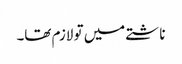
ناشتے میں تو لازم تھا۔